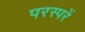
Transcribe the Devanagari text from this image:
परस्परें